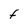
Character: F